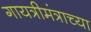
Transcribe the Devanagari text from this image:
गायत्रीमंत्राच्या